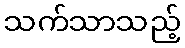
သက်သာသည့်